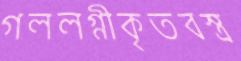
গললগ্নীকৃতবস্ত্র